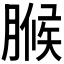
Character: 𮌧